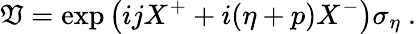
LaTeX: \mathfrak{V}=\exp\left(ijX^{+}+i(\eta+p)X^{-}\right)\sigma_{\eta}~.